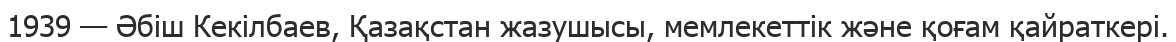
1939 — Әбіш Кекілбаев, Қазақстан жазушысы, мемлекеттік және қоғам қайраткері.